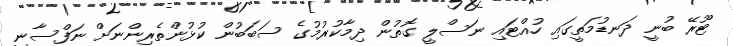
ޓޫރޭ ބުނީ ދަނޑުމަތީގައި ހުއްޓައި ނަސްލީ ގޮތުން ދިމާކުރުމުގެ ސަބަބުން ކުޅުންތެރިންނަށް ނަފްސާނީ